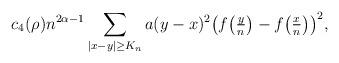
LaTeX: \begin{align*} c_4(\rho) n^{2\alpha -1} \sum_{|x-y|\geq K_n} a(y-x)^2 \big(f\big(\tfrac{y}{n}\big) -f \big( \tfrac{x}{n}\big)\big)^2,\end{align*}